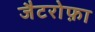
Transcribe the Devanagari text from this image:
जैटरोफ़ा